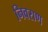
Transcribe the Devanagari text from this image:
निवराण